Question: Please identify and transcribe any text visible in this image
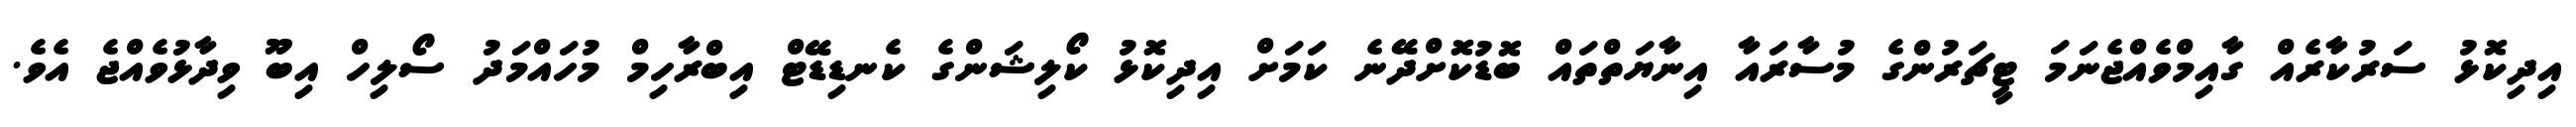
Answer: އިދިކޮޅު ސަރުކާރެއް ގާއިމްވެއްޖެނަމަ ޓީޗަރުންގެ މުސާރައާ އިނާޔަތްތައް ބޮޑުކޮށްދޭނެ ކަމަށް އިދިކޮޅު ކޯލިޝަންގެ ކެނޑިޑޭޓް އިބްރާހިމް މުހައްމަދު ސޯލިހް އިބޫ ވިދާޅުވެއްޖެ އެވެ.